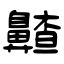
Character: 齄